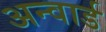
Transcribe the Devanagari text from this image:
अन्वार्ड